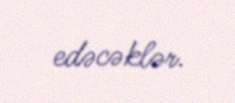
edəcəklər.